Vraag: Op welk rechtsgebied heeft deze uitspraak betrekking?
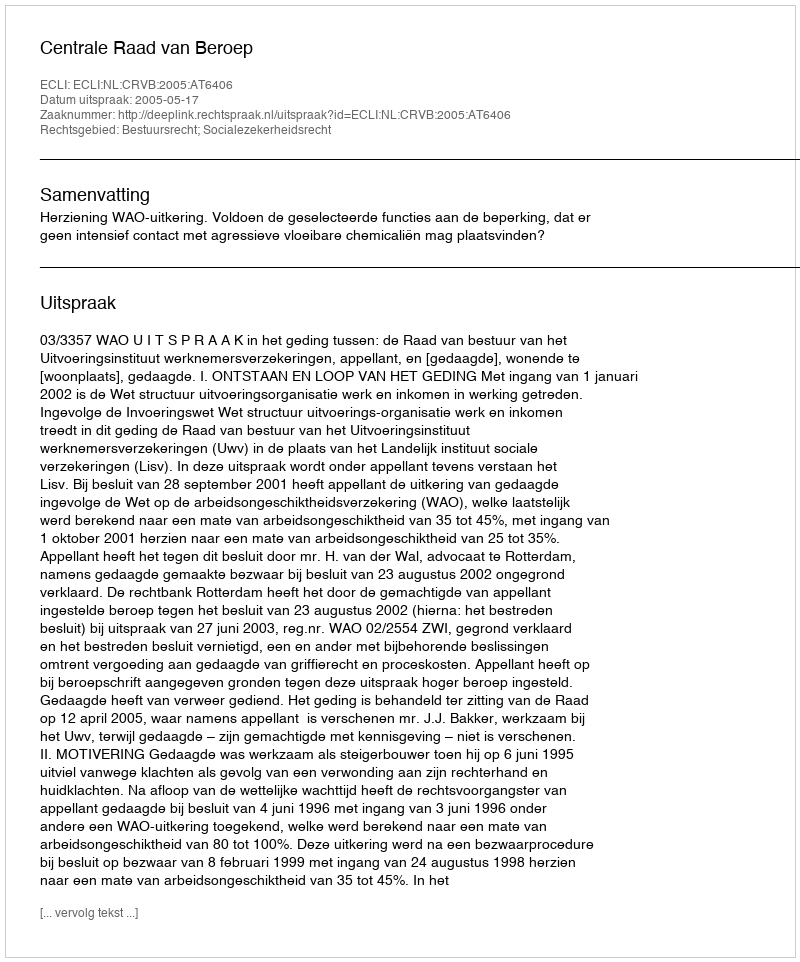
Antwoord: Bestuursrecht; Socialezekerheidsrecht